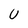
Character: U